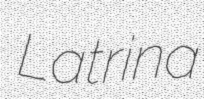
Latrina